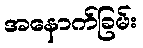
အနောက်ခြမ်း